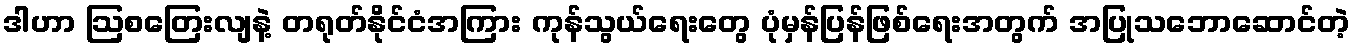
ဒါဟာ ဩစတြေးလျနဲ့ တရုတ်နိုင်ငံအကြား ကုန်သွယ်ရေးတွေ ပုံမှန်ပြန်ဖြစ်ရေးအတွက် အပြုသဘောဆောင်တဲ့